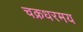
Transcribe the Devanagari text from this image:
चक्रधरमय